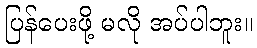
ပြန်ပေးဖို့ မလို အပ်ပါဘူး။